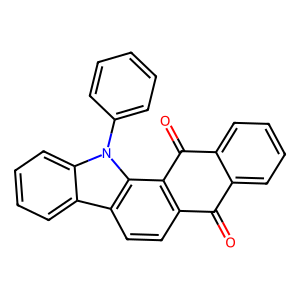
SMILES: O=C1c2ccccc2C(=O)c2c1ccc1c3ccccc3n(-c3ccccc3)c21
Inhibits HIV replication: No